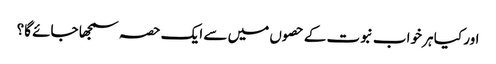
اور کیا ہر خواب نبوت کے حصوں میں سے ایک حصہ سمجھا جائے گا؟